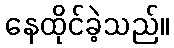
နေထိုင်ခဲ့သည်။